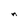
Character: n